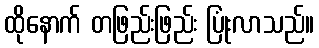
ထိုနောက် တဖြည်းဖြည်း ပြုံးလာသည်။